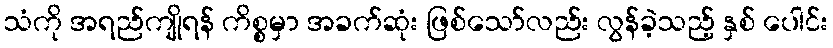
သံကို အရည်ကျိုရန် ကိစ္စမှာ အခက်ဆုံး ဖြစ်သော်လည်း လွန်ခဲ့သည့် နှစ် ပေါင်း